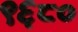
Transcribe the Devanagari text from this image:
९६८०